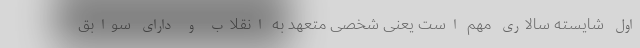
اول شایسته سالاری مهم است یعنی شخصی متعهد به انقلاب و دارای سوابق